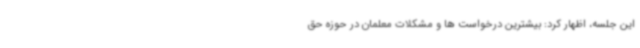
این جلسه، اظهار کرد: بیشترین درخواست ها و مشکلات معلمان در حوزه حق